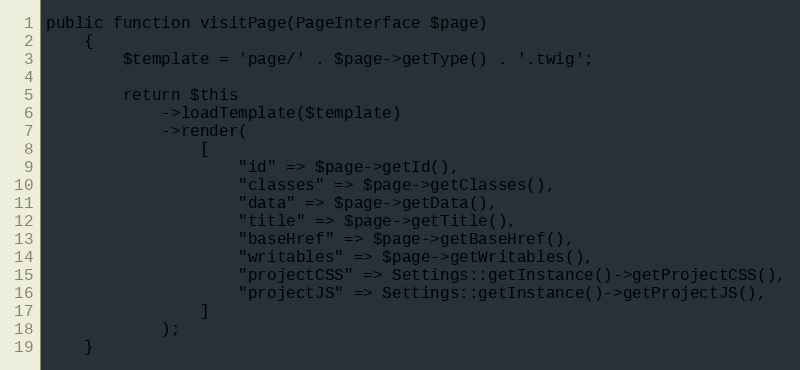
Language: PHP
public function visitPage(PageInterface $page)
    {
        $template = 'page/' . $page->getType() . '.twig';

        return $this
            ->loadTemplate($template)
            ->render(
                [
                    "id" => $page->getId(),
                    "classes" => $page->getClasses(),
                    "data" => $page->getData(),
                    "title" => $page->getTitle(),
                    "baseHref" => $page->getBaseHref(),
                    "writables" => $page->getWritables(),
                    "projectCSS" => Settings::getInstance()->getProjectCSS(),
                    "projectJS" => Settings::getInstance()->getProjectJS(),
                ]
            );
    }